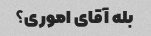
بله آقای اموری؟